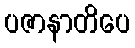
ပဇာနာတိပေ